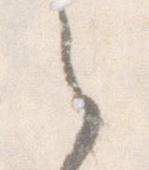
之